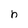
Character: h